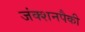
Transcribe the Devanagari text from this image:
जंक्शनपैकी